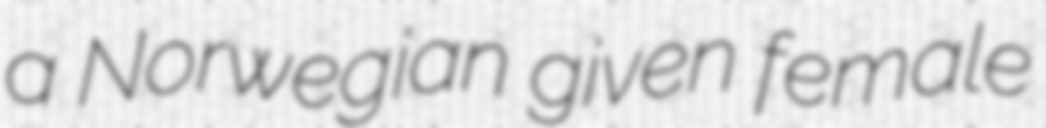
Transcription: a Norwegian given female